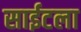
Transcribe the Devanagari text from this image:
साईटला